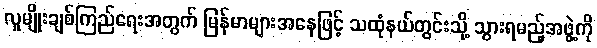
လူမျိုးချစ်ကြည်ရေးအတွက် မြန်မာများအနေဖြင့် သထုံနယ်တွင်းသို့ သွားရမည့်အဖွဲ့ကို